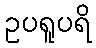
ဥပရူပရိ